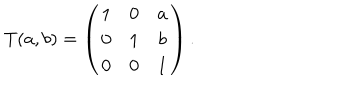
LaTeX: T ( a , b ) = \left( \begin{matrix} { { 1 } } & { { 0 } } & { { a } } \\ { { 0 } } & { { 1 } } & { { b } } \\ { { 0 } } & { { 0 } } & { { 1 } } \\ \end{matrix} \right) .